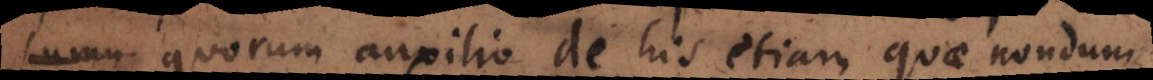
quorum auxilio de his etiam quae nondum